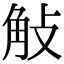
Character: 𧣀